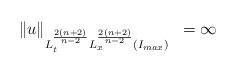
LaTeX: \begin{align*}\begin{array}{ll}\| u \|_{L_{t}^{\frac{2(n+2)}{n-2}} L_{x}^{\frac{2(n+2)}{n-2}} (I_{max})} & = \infty\end{array}\end{align*}